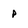
Character: P